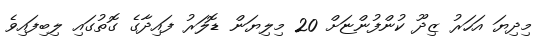
މިދިޔަ އަހަރު ޒިދޫ ކުންފުންޏަށް 20 މިލިޔަން ޑޮލަރު ފައިދާގެ ގޮތުގައި ލިބިފައިވެ